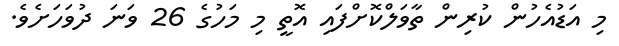
މި އަޑުއެހުން ކުރިން ތާވަލްކޮށްފައި އޮތީ މި މަހުގެ 26 ވަނަ ދުވަހަށެވެ.